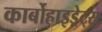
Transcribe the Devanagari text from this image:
कार्बोहाइड्रेट्‌स